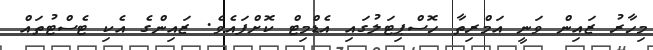
މިހާރު ޒައިން ވަނީ އަމްރިތާ ހޮސްޕިޓަލުގައި އެޑްމިޓް ކޮށްފައެވެ. ޒައިންގެ އެކި ޓެސްޓުތައް